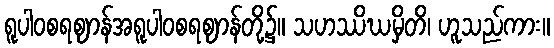
ရူပါဝစရဈာန်အရူပါဝစရဈာန်တို့၌။ သဟဿိဃမှိတိ၊ ဟူသည်ကား။